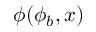
\phi ( \phi _ { b } , x )